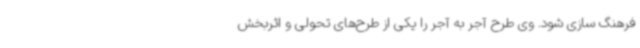
فرهنگ سازی شود. وی طرح آجر به آجر را یکی از طرح‌های تحولی و اثربخش